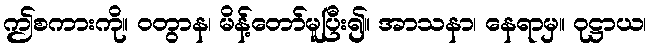
ဤစကားကို။ ဝတွာန၊ မိန့်တော်မူပြီး၍။ အာသနာ၊ နေရာမှ။ ဝုဋ္ဌာယ၊